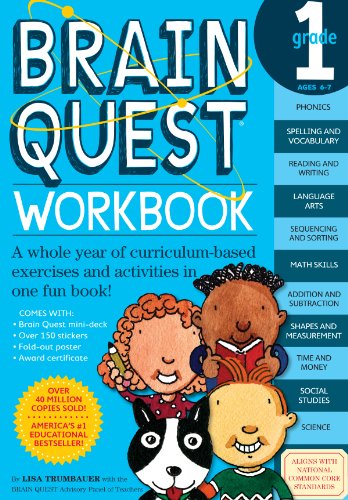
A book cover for Brain Quest Workbook: Grade 1; Lisa Trumbauer; Children's Books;